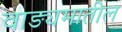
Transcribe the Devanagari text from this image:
वाङ्यमातील